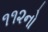
૧૧૨નો